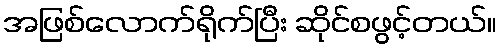
အဖြစ်လောက်ရိုက်ပြီး ဆိုင်စဖွင့်တယ်။